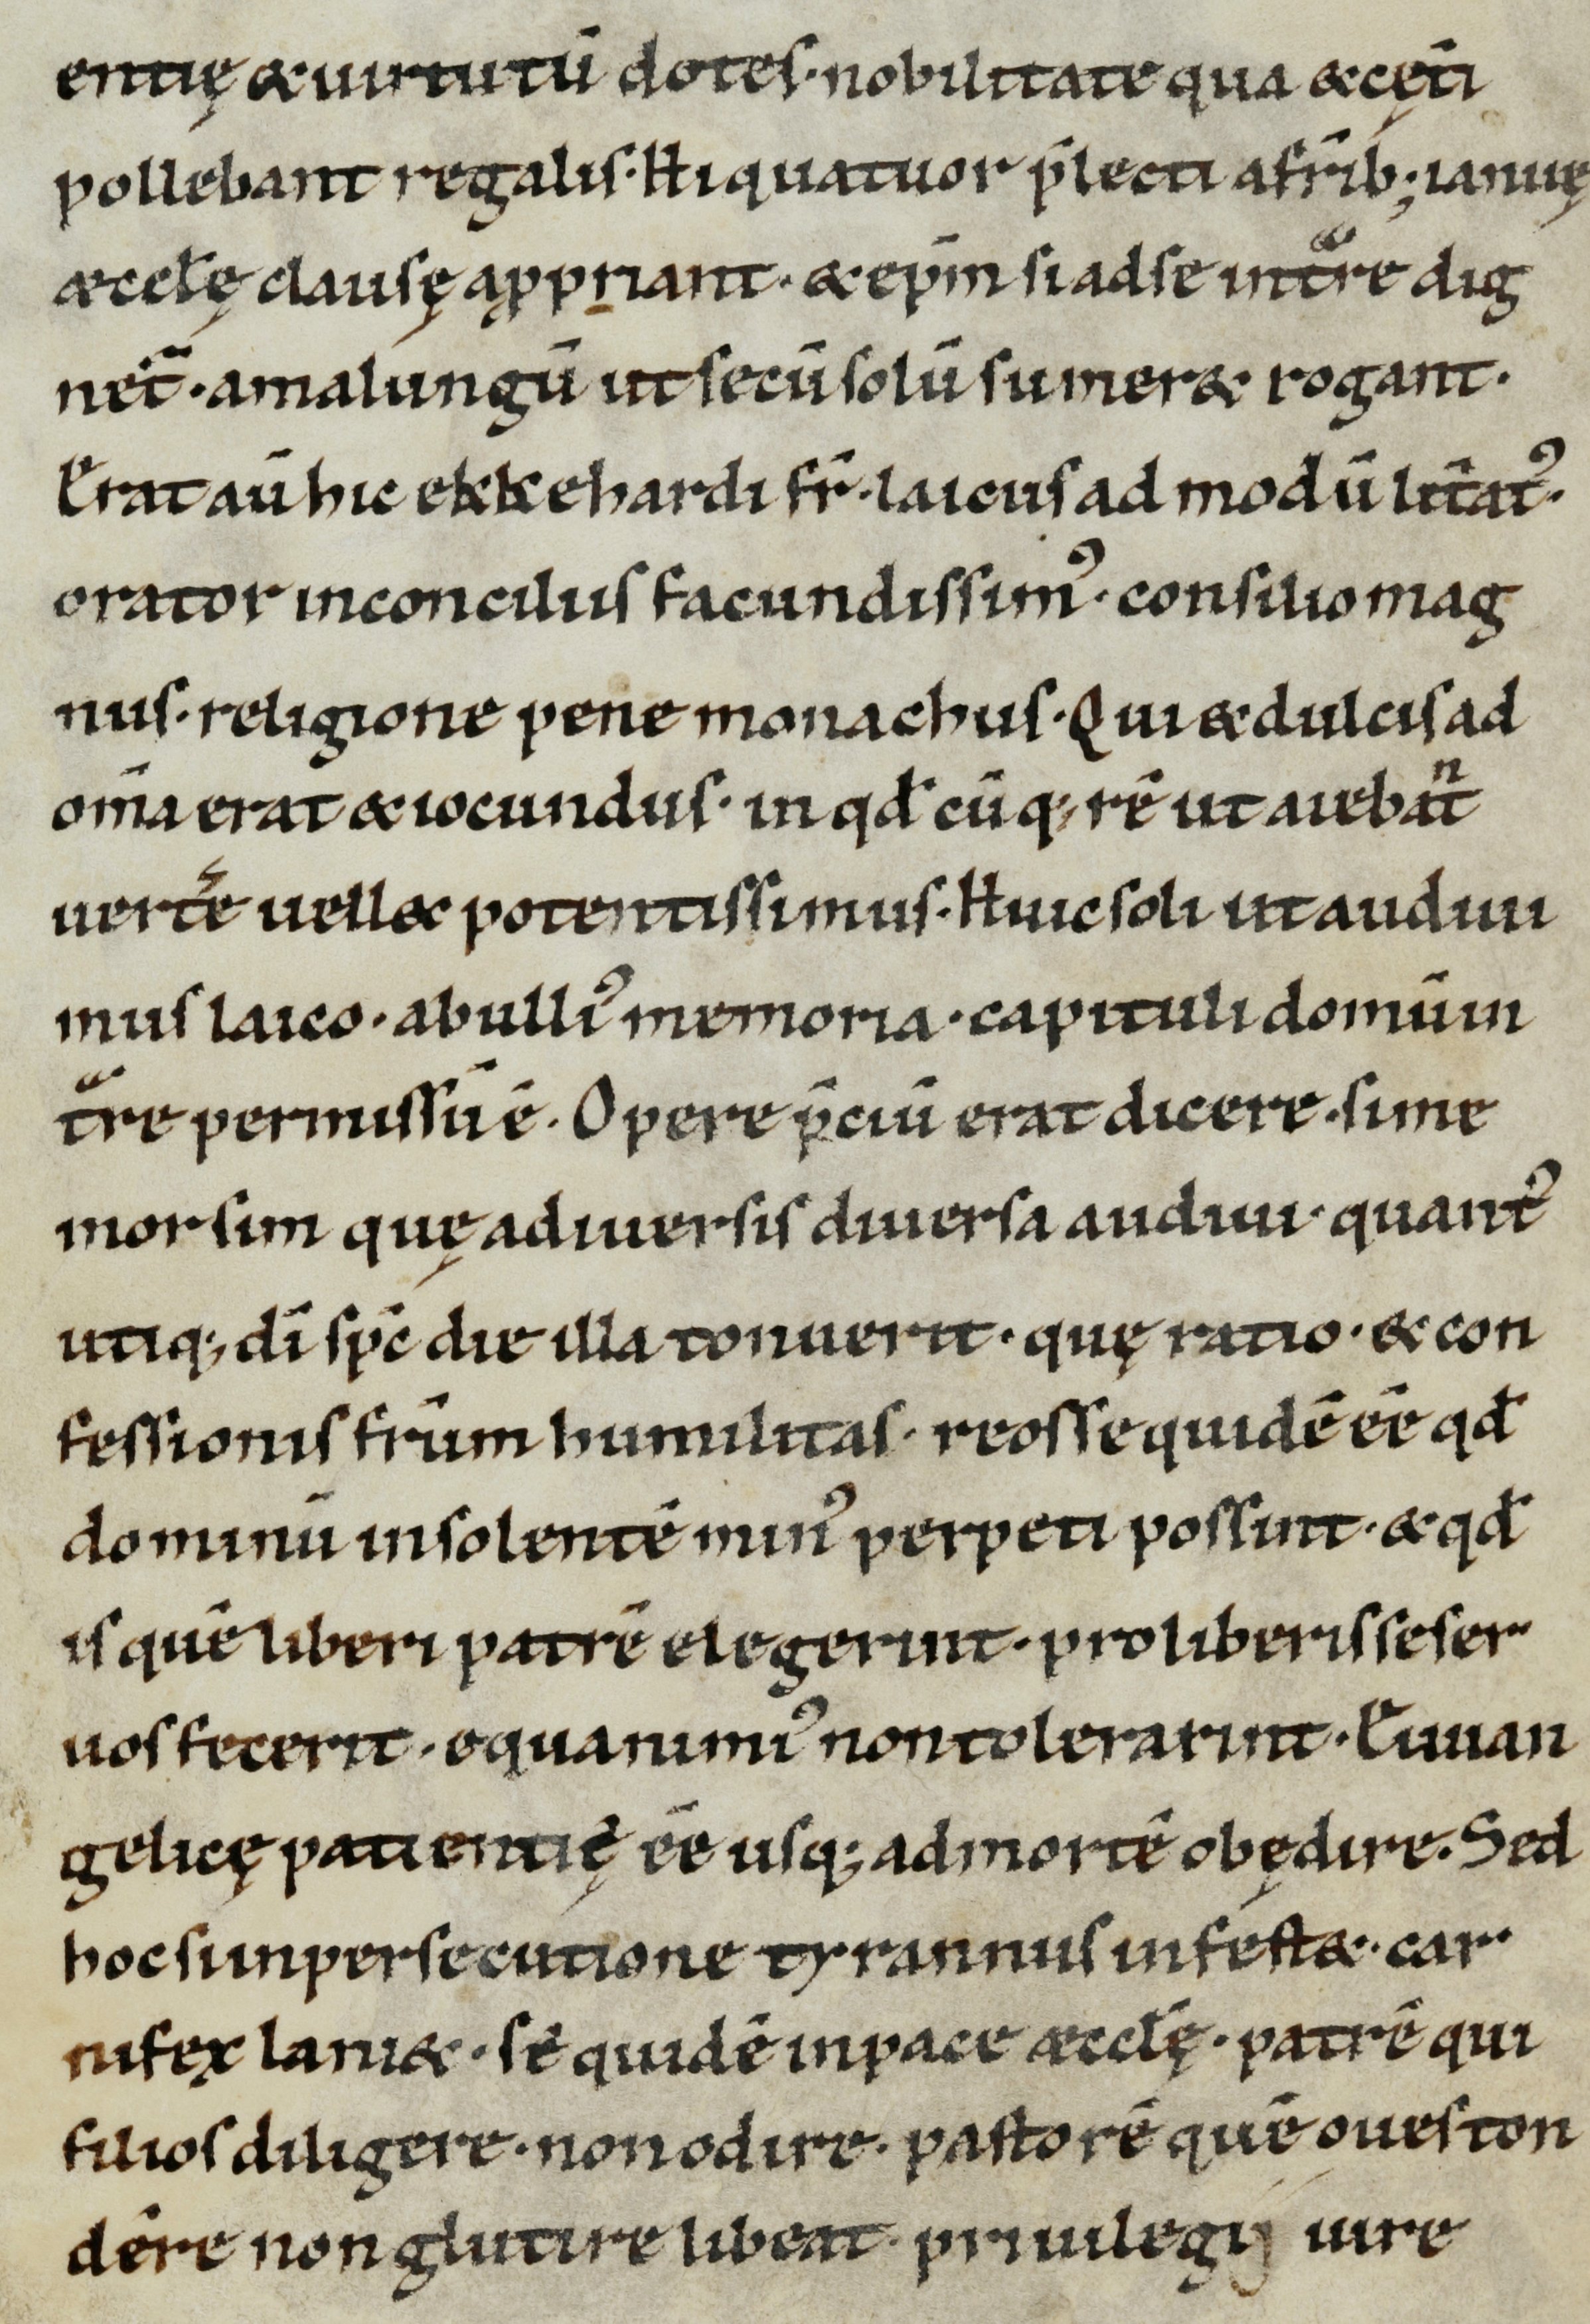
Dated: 1100–1199